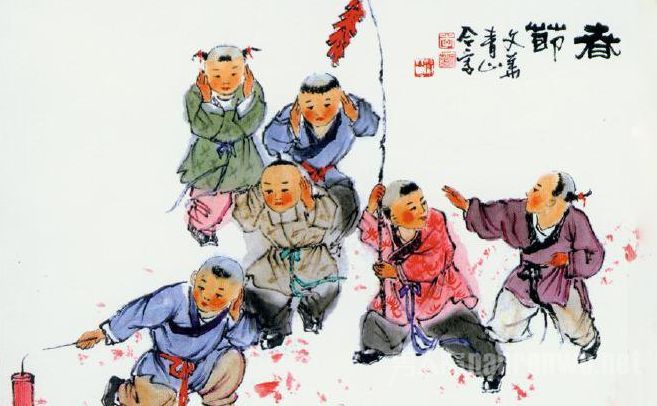
共庆新年笑语哗，红岩士女赠梅花。